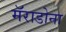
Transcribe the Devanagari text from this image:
मॅराडोना